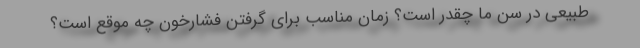
طبیعی در سن ما چقدر است؟ زمان مناسب برای گرفتن فشارخون چه موقع است؟